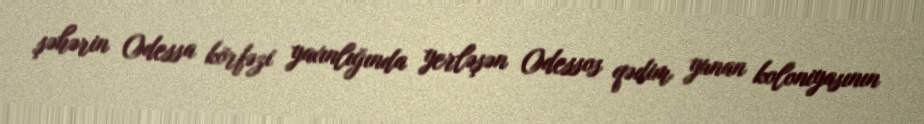
şəhərin Odessa körfəzi yaxınlığında yerləşən Odessos qədim yunan koloniyasının